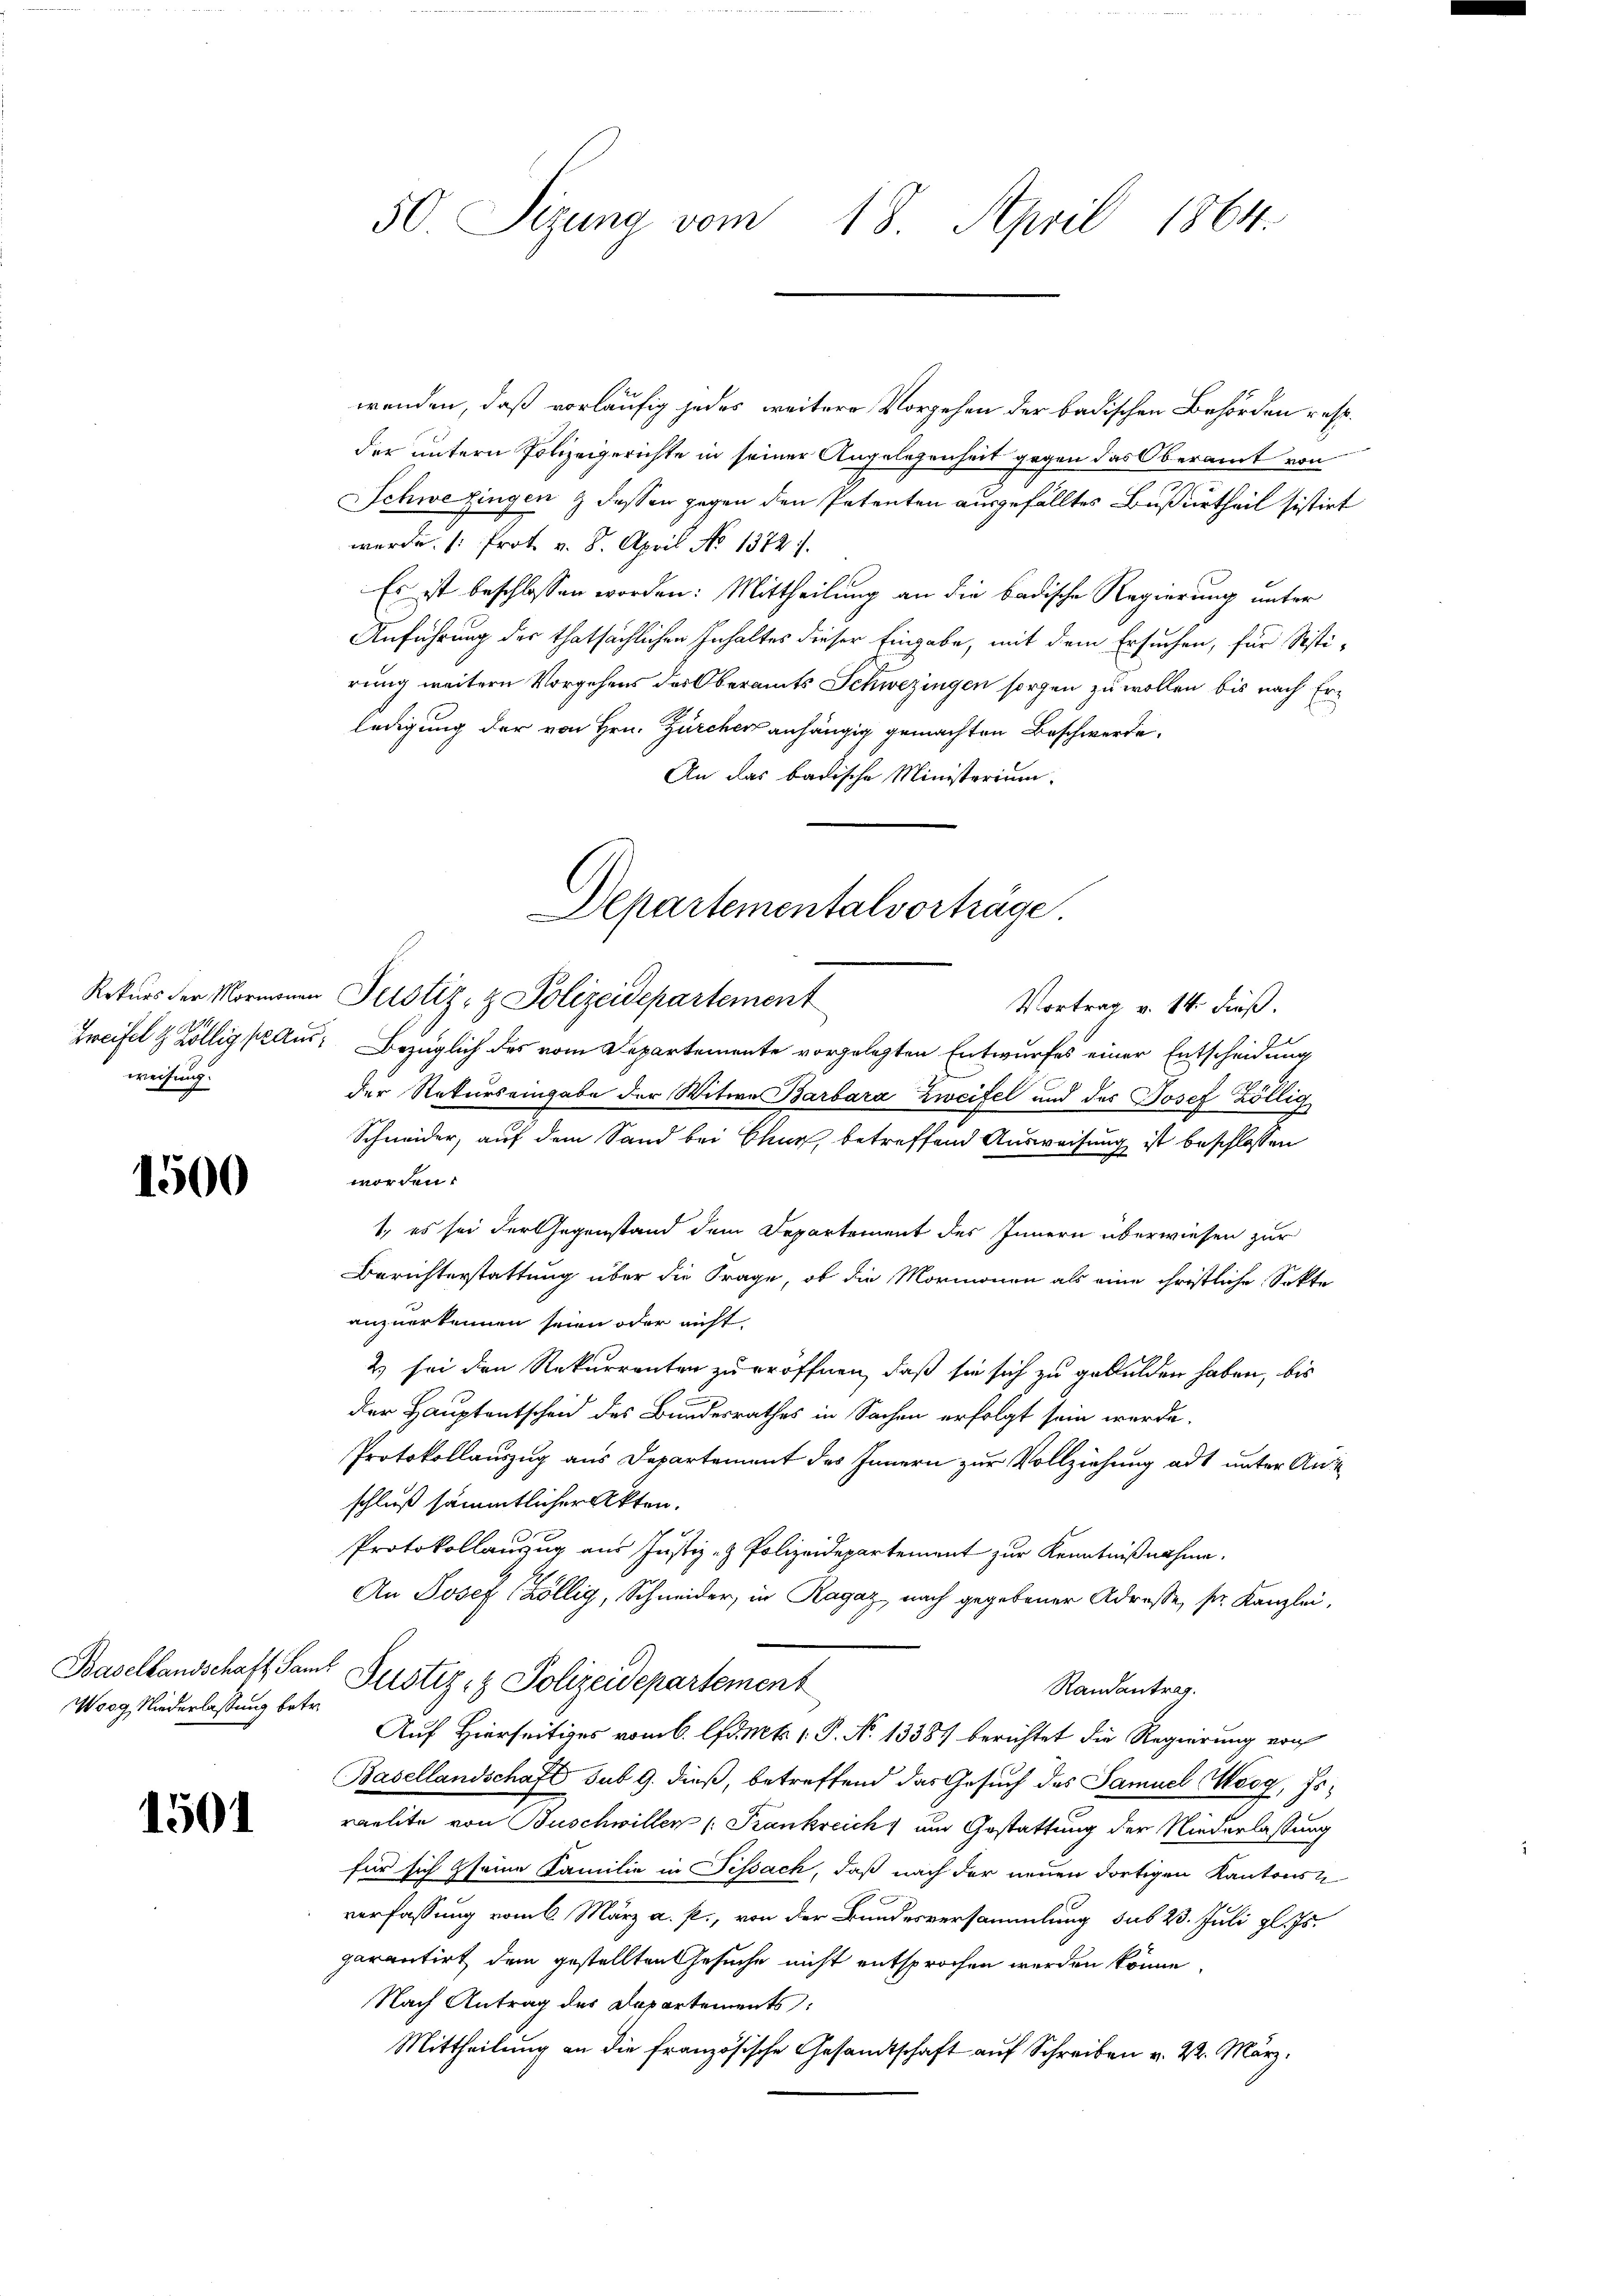
weisung.

1500

Worg, Niederlassung betr.

1501

50. Sizung vom 18. April 1864.

wenden, daß vorläufig jedes weitere Vorgehen der badischen Behörden resp.
der untern Polizeigerichte in seiner Angelegenheit gegen das Oberamt von
Schwe fingen & dessen gegen den Petenten ausgefälltes Bußurtheil sistirt
werde. (: Prot. v. 8. April No 1372.
Es ist beschlossen worden: Mittheilung an die badische Regierung unter
Anführung der thatsächlichen Inhaltes dieser Eingabe, mit dem Ersuchen, für Sisti-
rung weitern Vorgehens des Oberamts Schwezingen sorgen zu wollen bis nach Erledigung der von Hrn. Zürcher anhängig gemachten Beschwerde,
An das badische Ministerium.
Rekurs der Mormanen Perstiz- & Polizeidepartement
Vortrag v. 14. dieß.
Zweifel & Köllig aus Bezüglich des vom Departemente vorgelegten Entwurfes einer Entscheidung
der Rekurs eingabe der Witwe Barbara Zweifel und des Josef Zöllig
Schneider, auf dem Sand bei Chur, betreffend Ausweisung ist beschlossen
worden.
1., es sei der Gegenstand dem Departement des Innern überwiesen zur
Berichterstattung über die Frage, ob die Mormonen als eine christliche Sekte
anzuerkennen seien oder nicht.
2) sei den Rekurrenten zu eröffnen, daß sie sich zu gebulden haben, bis
der Hauptentscheid des Bundesrathes in Sachen erfolgt sein werde.
Protokollauszug aus Departement des Innern zur Vollziehung ad unter Anschluß sämmtlicher Akten.
Protokollanzug aus Justiz- & Polizeidepartement zur Kenntnißnahme.
An Josef (Köllig, Schneider, in Ragaz, nach gegebener Adresse, Sr. Kanzlei,
Basellandschaft Saml Justiz- & Polizeidepartement
Randantrag.
Auf Hierseitiges vom 6. d. Mts. 1. P. N. 13381 berichtet die Regierung von
Basellandschaft sub 9. dieß, betreffend das Gesuch des Samuel Woog, Esraelite von Buschwiller (: Frankreich um Gestattung der Niederlassung
für sich seine Familie in Fissach, daß nach der neuen dortigen Kantons
verfassung vom 6. März a. p., von der Bundesversammlung sub 23. Juli gl. Js.
garantirt dem gestellten Gesuche nicht entsprochen werden könne.
Nach Antrag des Departements:
Mittheilung an die französische Gesandtschaft auf Schreiben v. 22. März.

Departementalverhäge